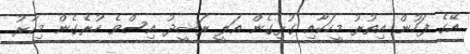
އޭގެ ފަހުން އިތުރު މީހަކާއި ގުޅިގެން އަލީ ރަޝީދު އިސްވެ ހުރެގެން މިހާރު